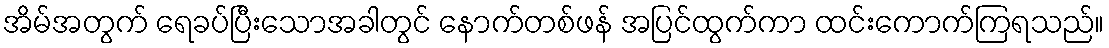
အိမ်အတွက် ရေခပ်ပြီးသောအခါတွင် နောက်တစ်ဖန် အပြင်ထွက်ကာ ထင်းကောက်ကြရသည်။